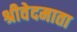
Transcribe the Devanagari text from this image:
श्रीवेदमाता